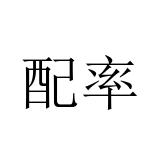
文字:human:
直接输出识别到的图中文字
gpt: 配率